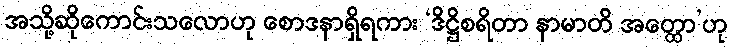
အသို့ဆိုကောင်းသလောဟု စောဒနာရှိရကား ‘ဒိဋ္ဌိစရိတာ နာမာတိ အတ္ထော’ဟု